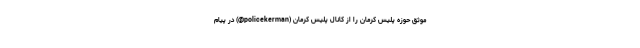
موثق حوزه پلیس کرمان را از کانال پلیس کرمان (policekerman@) در پیام